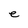
Character: e